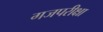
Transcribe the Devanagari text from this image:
गजपरीक्षा